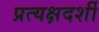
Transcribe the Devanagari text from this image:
प्रत्‍यक्षदर्शी